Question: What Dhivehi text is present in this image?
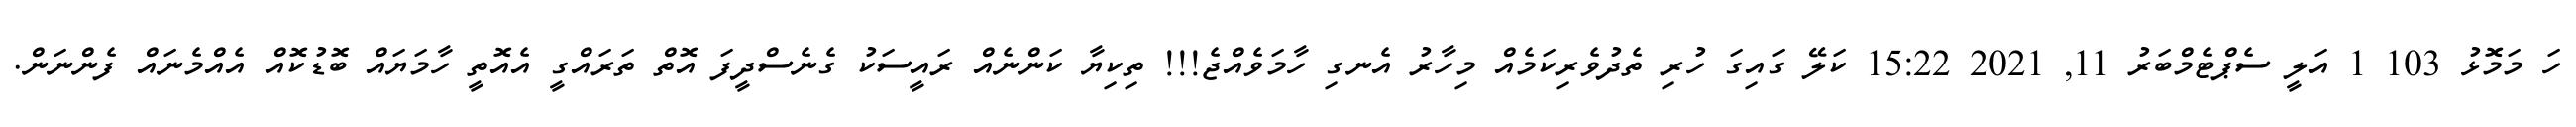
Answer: ހަ މަމޮޅު 103 1 އަލީ ސެޕްޓެމްބަރު 11, 2021 15:22 ކަލޭ ގައިގަ ހުރި ތެދުވެރިކަމެއް މިހާރު އެނގި ހާމަވެއްޖެ!!! ތިކިޔާ ކަންނެއް ރައީސަކު ގެނެސްދީފަ އޮތް ތަރައްގީ އެއޮތީ ހާމަޔައް ބޮޑުކޮއް އެއްމެނައް ފެންނަން.